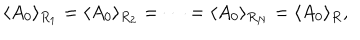
\langle A _ { 0 } \rangle _ { R _ { 1 } } = \langle A _ { 0 } \rangle _ { R _ { 2 } } = \cdots = \langle A _ { 0 } \rangle _ { R _ { N } } = \langle A _ { 0 } \rangle _ { R } ,